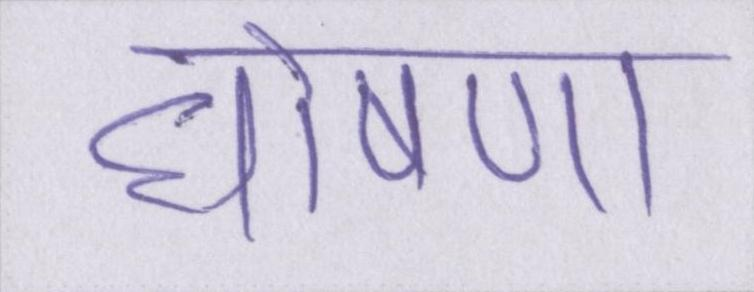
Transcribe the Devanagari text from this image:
घोषणा